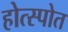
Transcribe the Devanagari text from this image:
होत्स्पोत